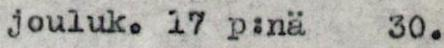
jouluk. 17 p:nä  30.